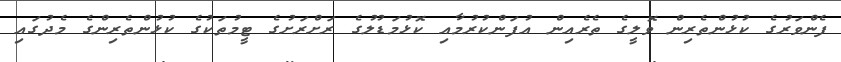
ފެންވަރުގެ ކުޅުންތެރިން ވޮލީގެ ތެރެއިން އުފަންކުރުމާއި ކޮޅުމަޑުލުގެ ރަށްރަށުގެ ޓީމުތަކުގެ ކުޅުންތެރިންގެ މެދުގައި